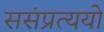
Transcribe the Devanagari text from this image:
ससंप्रत्ययो